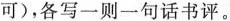
可)，各写一则一句话书评。